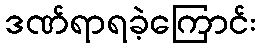
ဒဏ်ရာရခဲ့ကြောင်း